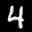
Label: 4